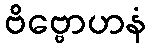
ဗိဗ္ဗောဟနံ